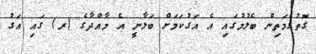
ގޮތުގެމަތިން ބެލުމުގައި އެ އަގުކަމަށް ބަލާނީ އެ މާއްދާގެ (ރ) ގައި އަގު